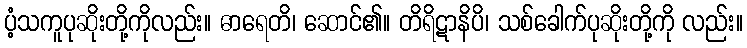
ပံ့သကူပုဆိုးတို့ကိုလည်း။ ဓာရေတိ၊ ဆောင်၏။ တိရိဋာနိပိ၊ သစ်ခေါက်ပုဆိုးတို့ကို လည်း။